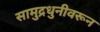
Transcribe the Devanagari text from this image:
सामुद्रधुनीवरून